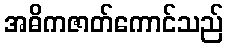
အဓိကဇာတ်ကောင်သည်